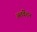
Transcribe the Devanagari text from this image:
अतंर्वेशन